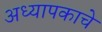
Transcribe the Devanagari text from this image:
अध्यापकाचे